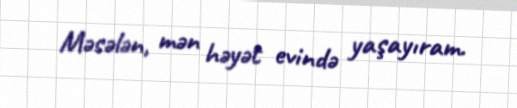
Məsələn, mən həyət evində yaşayıram.